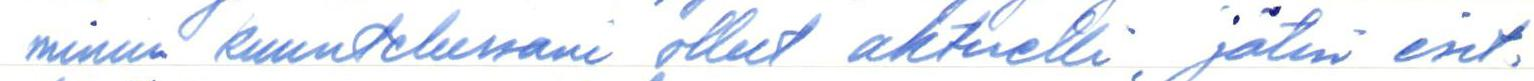
minun kuuntelussani ollut aktuelli, jätin esit-